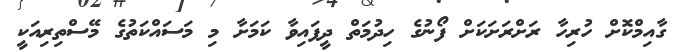
ގާއިމްކޮށް ހުރިހާ ރަށްރަށަކަށް ފޯނުގެ ހިދުމަތް ދީފައިވާ ކަމަށާ މި މަސައްކަތުގެ މޭސްތިރިއަކީ